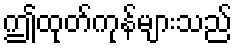
ဤထုတ်ကုန်များသည်